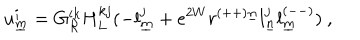
LaTeX: u _ { \underline { { { m } } } } ^ { i } = G _ { { \cal R } } ^ { i k } H _ { L } ^ { k j } ( - l _ { \underline { { { m } } } } ^ { j } + e ^ { 2 W } r ^ { ( + + ) \underline { { { n } } } } l _ { \underline { { { n } } } } ^ { j } l _ { \underline { { { m } } } } ^ { ( -- ) } ) ~ , \qquad